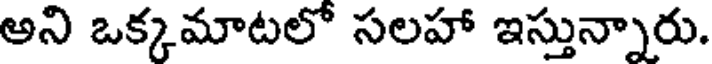
అని ఒక్కమాటలో సలహా ఇస్తున్నారు.